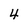
Character: 4